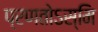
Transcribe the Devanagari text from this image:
प्रणतोऽस्मि